Civil Veterinary Dept. Assam report 1927-50 - 1927-1950
Year: 1927
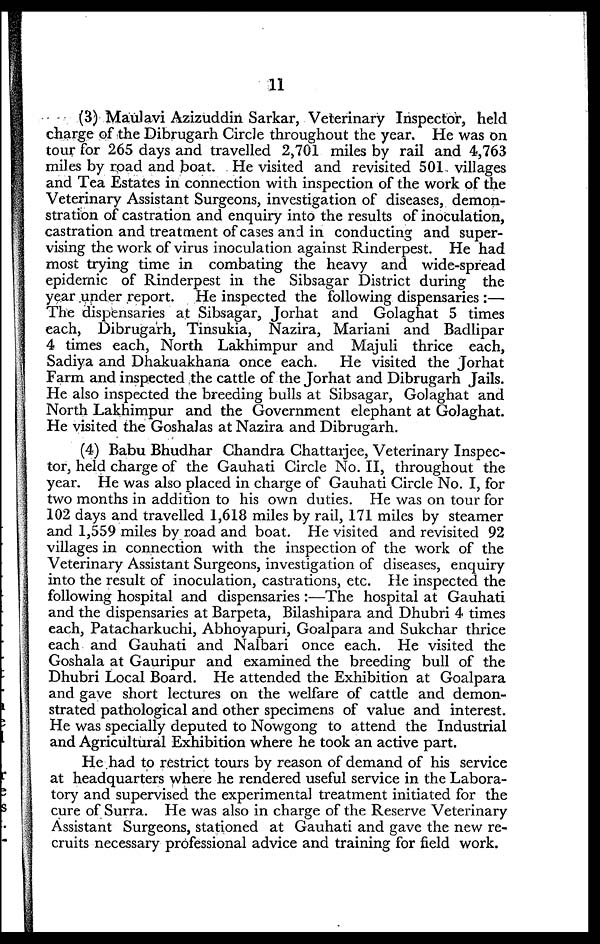
11
(3) Maulavi Azizuddin Sarkar, Veterinary Inspector, held
charge of the Dibrugarh Circle throughout the year. He was on
tour for 265 days and travelled 2,701 miles by rail and 4,763
miles by road and boat. He visited and revisited 501 villages
and Tea Estates in connection with inspection of the work of the
Veterinary Assistant Surgeons, investigation of diseases, demon-
stration of castration and enquiry into the results of inoculation,
castration and treatment of cases and in conducting and super-
vising the work of virus inoculation against Rinderpest. He had
most trying time in combating the heavy and wide-spread
epidemic of Rinderpest in the Sibsagar District during the
year under report. He inspected the following dispensaries :—
The dispensaries at Sibsagar, Jorhat and Golaghat 5 times
each, Dibrugarh, Tinsukia, Nazira, Mariani and Badlipar
4 times each, North Lakhimpur and Majuli thrice each,
Sadiya and Dhakuakhana once each. He visited the Jorhat
Farm and inspected the cattle of the Jorhat and Dibrugarh Jails.
He also inspected the breeding bulls at Sibsagar, Golaghat and
North Lakhimpur and the Government elephant at Golaghat.
He visited the Goshalas at Nazira and Dibrugarh.
(4) Babu Bhudhar Chandra Chattarjce, Veterinary Inspec-
tor, held charge of the Gauhati Circle No. II, throughout the
year. He was also placed in charge of Gauhati Circle No. I, for
two months in addition to his own duties. He was on tour for
102 days and travelled 1,618 miles by rail, 171 miles by steamer
and 1,559 miles by road and boat. He visited and revisited 92
villages in connection with the inspection of the work of the
Veterinary Assistant Surgeons, investigation of diseases, enquiry
into the result of inoculation, castrations, etc. He inspected the
following hospital and dispensaries :—The hospital at Gauhati
and the dispensaries at Barpeta, Bilashipara and Dhubri 4 times
each, Patacharkuchi, Abhoyapuri, Goalpara and Sukchar thrice
each and Gauhati and Nalbari once each. He visited the
Goshala at Gauripur and examined the breeding bull of the
Dhubri Local Board. He attended the Exhibition at Goalpara
and gave short lectures on the welfare of cattle and demon-
strated pathological and other specimens of value and interest.
He was specially deputed to Nowgong to attend the Industrial
and Agricultural Exhibition where he took an active part.
He had to restrict tours by reason of demand of his service
at headquarters where he rendered useful service in the Labora-
tory and supervised the experimental treatment initiated for the
cure of Surra. He was also in charge of the Reserve Veterinary
Assistant Surgeons, stationed at Gauhati and gave the new re-
cruits necessary professional advice and training for field work.